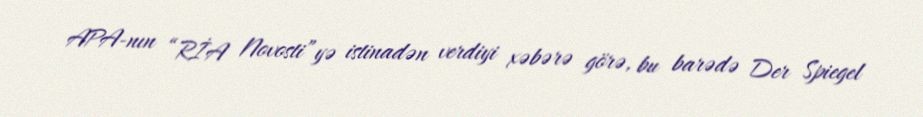
APA-nın “RİA Novosti”yə istinadən verdiyi xəbərə görə, bu barədə Der Spiegel